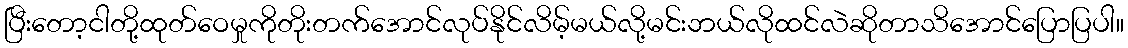
ပြီးတော့ငါတို့ထုတ်ဝေမှုကိုတိုးတက်အောင်လုပ်နိုင်လိမ့်မယ်လို့မင်းဘယ်လိုထင်လဲဆိုတာသိအောင်ပြောပြပါ။